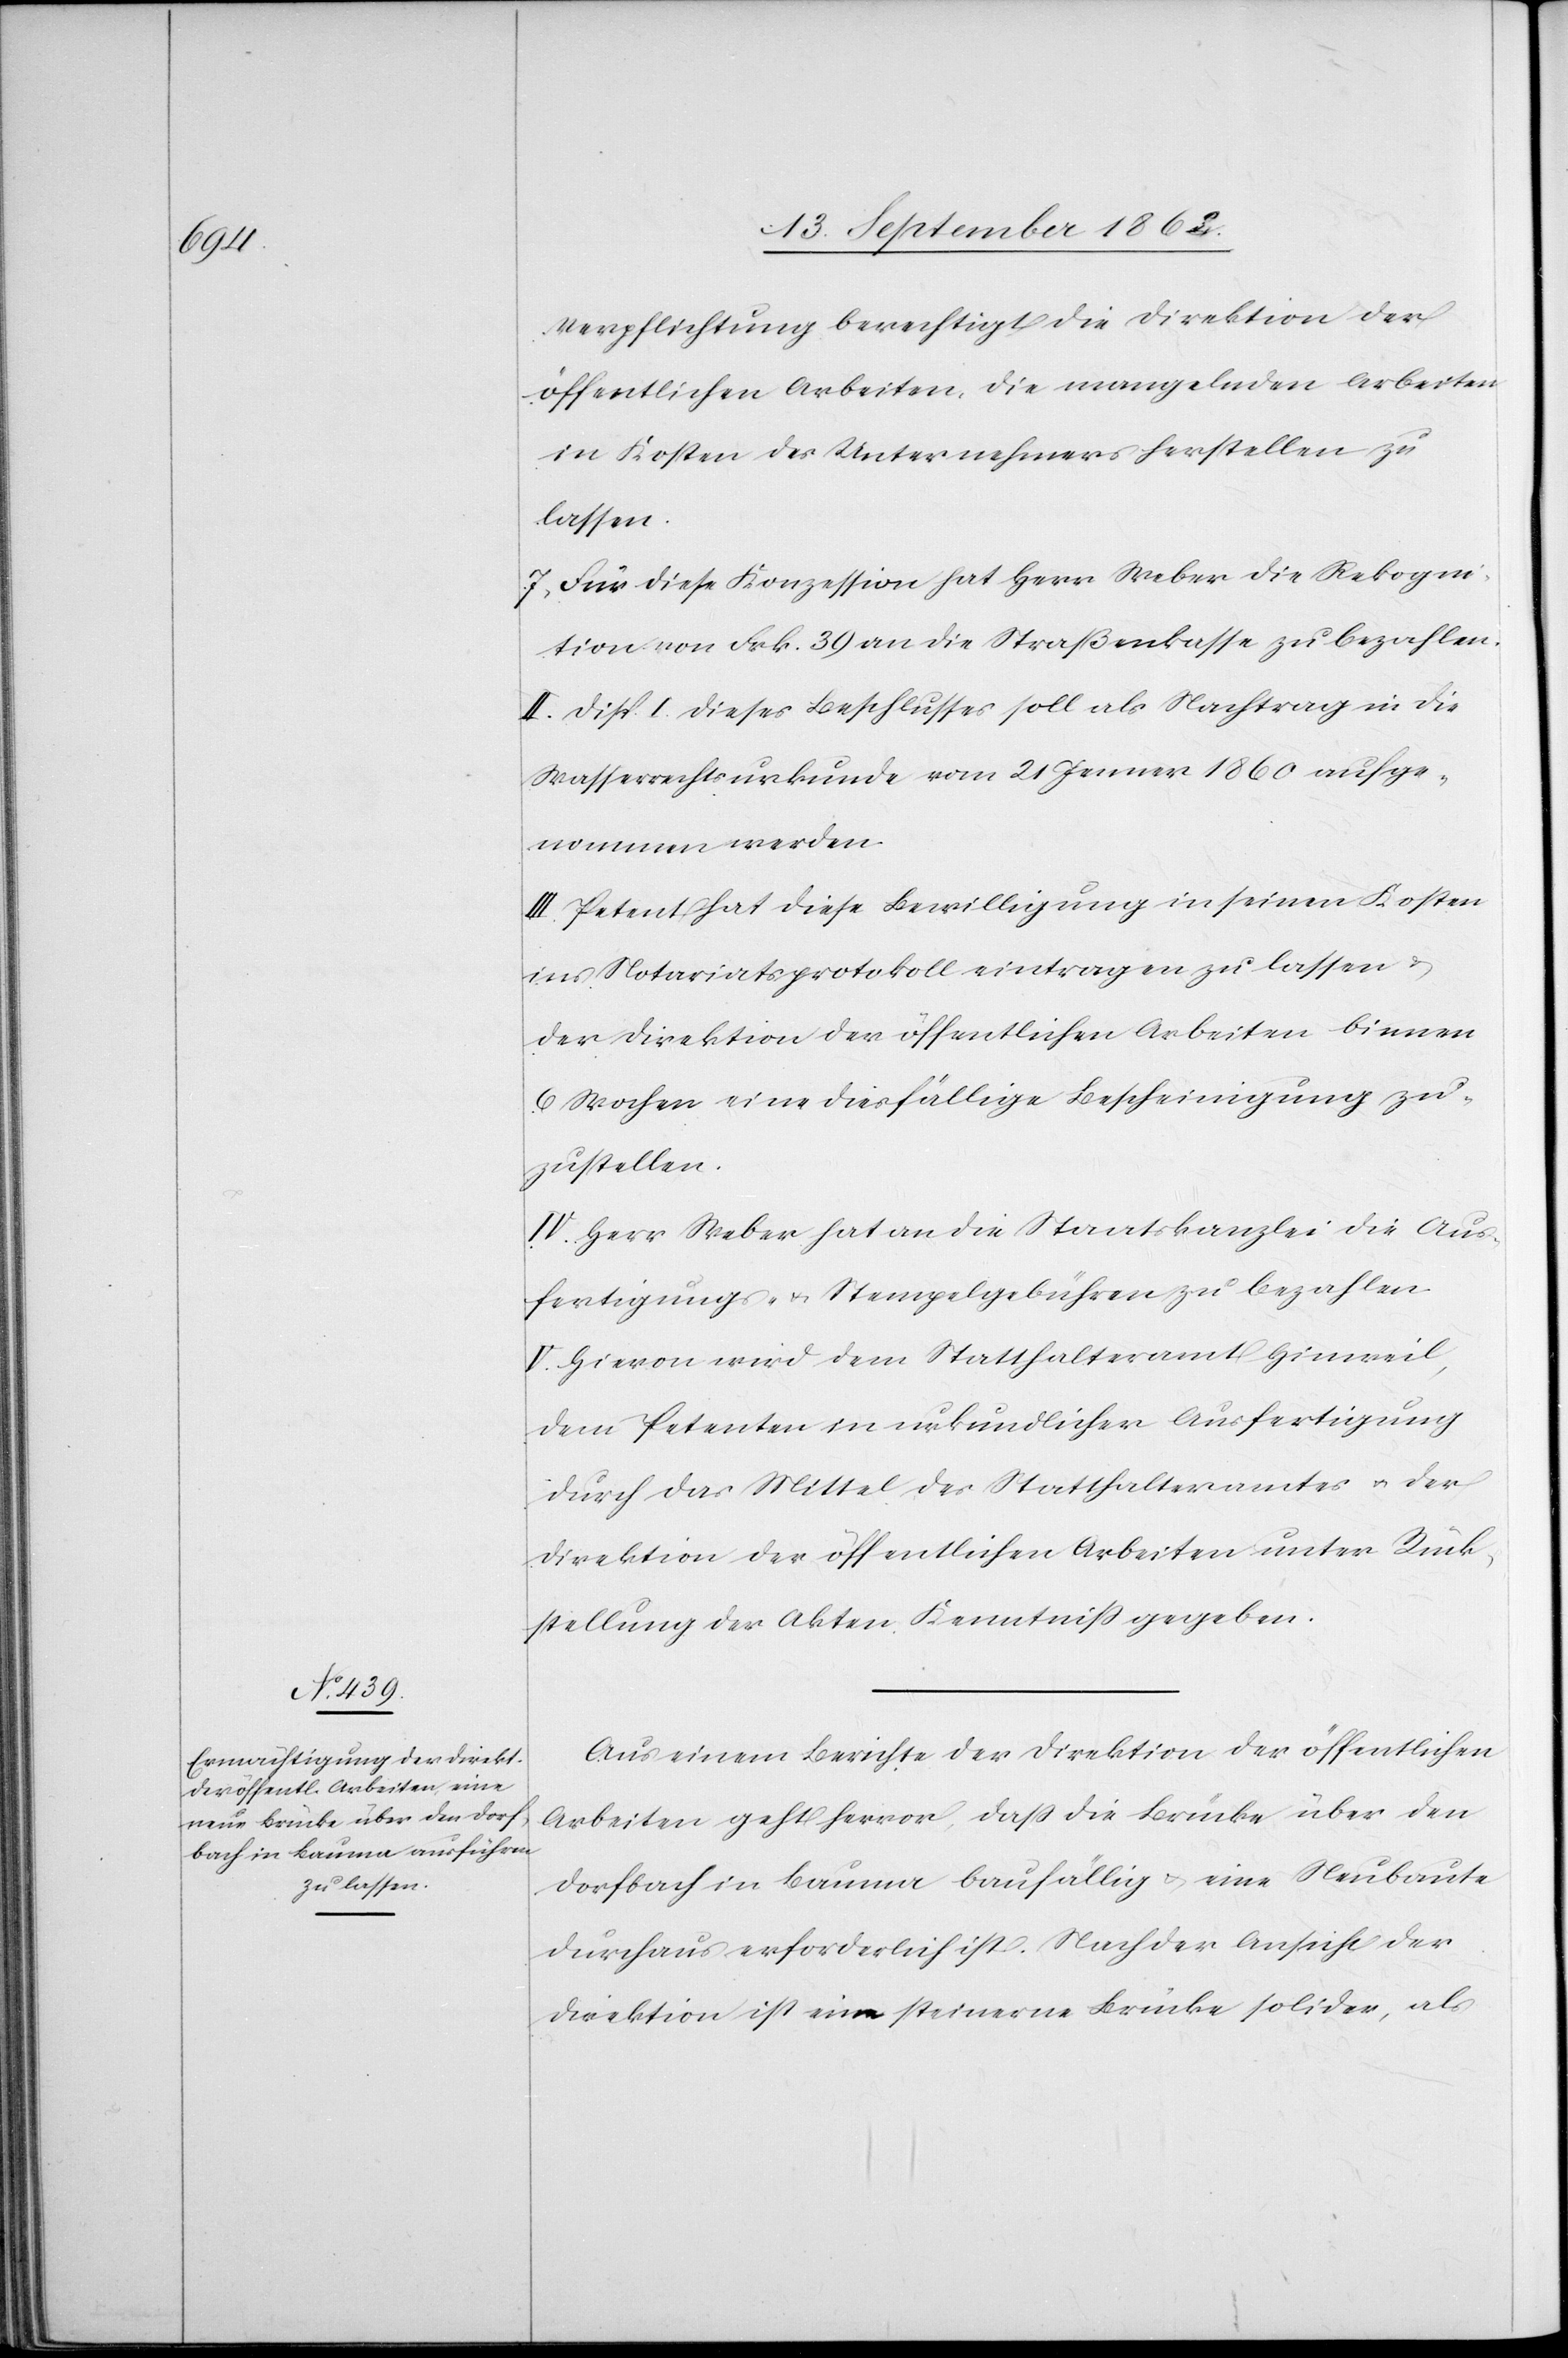
Verpflichtung berechtigt die Direktion der
öffentlichen Arbeiten, die mangelnden Arbeiten
in Kosten des Unternehmers herstellen zu
lassen.
7. Für diese Konzession hat Herr Weber die Rekogni¬
tion von Frk. 39 an die Straßenkasse zu bezahlen.
II. Disp. I dieses Beschlusses soll als Nachtrag in die
Wasserrechtsurkunde vom 21. Jenner 1860 aufge¬
nommen werden.
III. Petent hat diese Bewilligung in seinen Kosten
ins Notariatsprotokoll eintragen zu lassen u.
der Direktion der öffentlichen Arbeiten binnen
6 Wochen eine diesfällige Bescheinigung zu¬
zustellen.
IV. Herr Weber hat an die Staatskanzlei die Aus¬
fertigungs- u. Stempelgebühren zu bezahlen.
V. Hievon wird dem Statthalteramt Hinweil,
dem Petenten in urkundlicher Ausfertigung
durch das Mittel des Statthalteramtes u. der
Direktion der öffentlichen Arbeiten unter Rück¬
stellung der Akten Kenntniß gegeben.
Aus einem Berichte der Direktion der öffentlichen
Arbeiten geht hervor, daß die Brücke über den
Dorfbach in Baume baufällig u. eine Neubaute
durchaus erforderlich ist. Nach der Ansicht der
Direktion ist eine steinerne Brücke solider, als